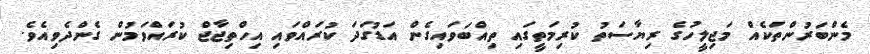
މެންބަރުންތަކެއް މަޖިލީހުގެ ރިޔާސަތު ކުރިމަތީގައި ތިއްބަވައިގެން އަޑުގަދަ ކުރައްވައި އިހްތިޖާޖް ކުރައްވަމުން ގެންދެވިއެވެ.